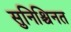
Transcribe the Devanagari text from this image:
सुनिश्चिनत